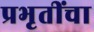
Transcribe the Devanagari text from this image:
प्रभृतींचा